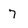
Character: 7